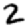
Digit: 2